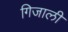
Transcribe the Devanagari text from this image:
गिजाली